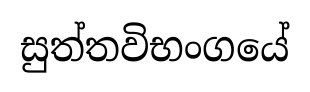
සුත්තවිභංගයේ